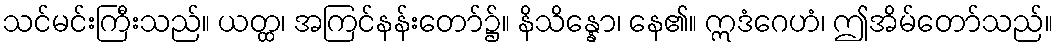
သင်မင်းကြီးသည်။ ယတ္ထ၊ အကြင်နန်းတော်၌။ နိသိန္နော၊ နေ၏။ ဣဒံဂေဟံ၊ ဤအိမ်တော်သည်။